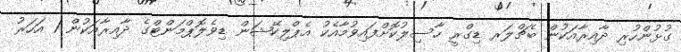
ގުޅުންހުރި ދާއިރާއަކުން ބެޗްލަރ ޑިގްރީ ހާސިލުކޮށްފައިވުމާއެކު އެޕްލިކޭޝަން ޑިވެލޮޕްމަންޓްގެ ދާއިރާއަކުން 1 އަހަރު